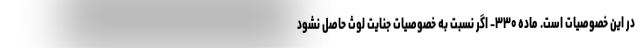
در این خصوصیات است. ماده ۳۳۰- اگر نسبت به خصوصیات جنایت لوث حاصل نشود